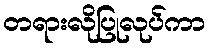
တရားလိုပြုလုပ်ကာ